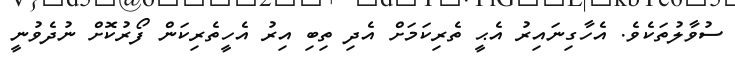
ސުވާލުތަކެވެ. އެހާގިނައިރު އެޙީ ތެރިކަމަށް އެދި ތިބި އިރު އެހީތެރިކަން ފޯރުކޮށް ނުދެވުނީ